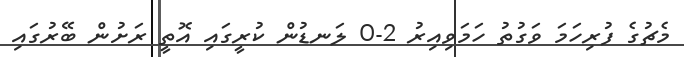
މެޗުގެ ފުރިހަމަ ވަގުތު ހަމަވިއިރު 2-0 ލަނޑުން ކުރީގައި އޮތީ ރަށުން ބޭރުގައި